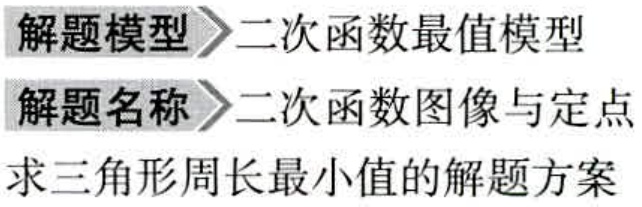
解题模型$\to$二次函数最值模型
解题名称$\to$二次函数图像与定点
求三角形周长最小值的解题方案